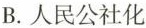
B.人民公社化